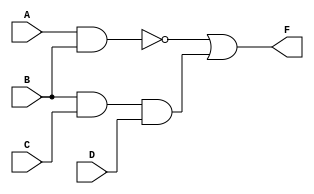
module gate1(F,A,B,C,D);
input A,B,C,D;
output F;
nand(F1,A,B);
and(F2,B,C,D);
or(F,F1,F2);
endmodule